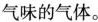
气味的气体。